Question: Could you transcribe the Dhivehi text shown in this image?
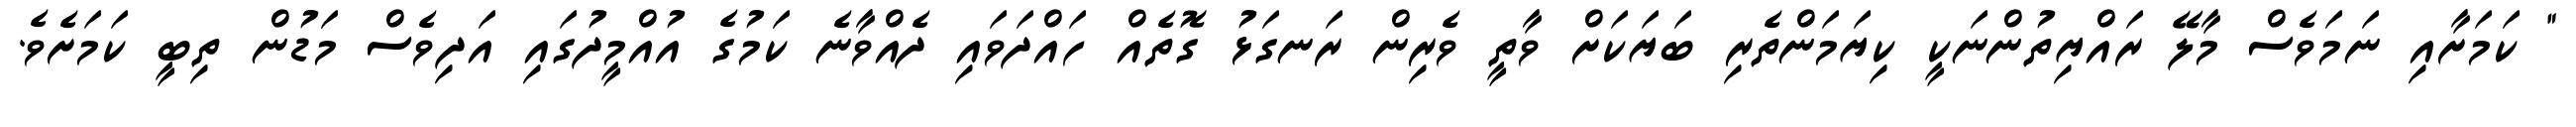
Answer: " ކަމަށާއި ނަމަވެސް މާލޭ ރައްޔިތުންނަކީ ކިޔަމަންތެރި ބަޔަކަށް ވާތީ ވެރިން ރަނގަޅު ގޮތެއް ހައްދަވައި ދެއްވާނެ ކަމުގެ އުއްމީދުގައި އަދިވެސް މަޑުން ތިބީ ކަމަށެވެ.